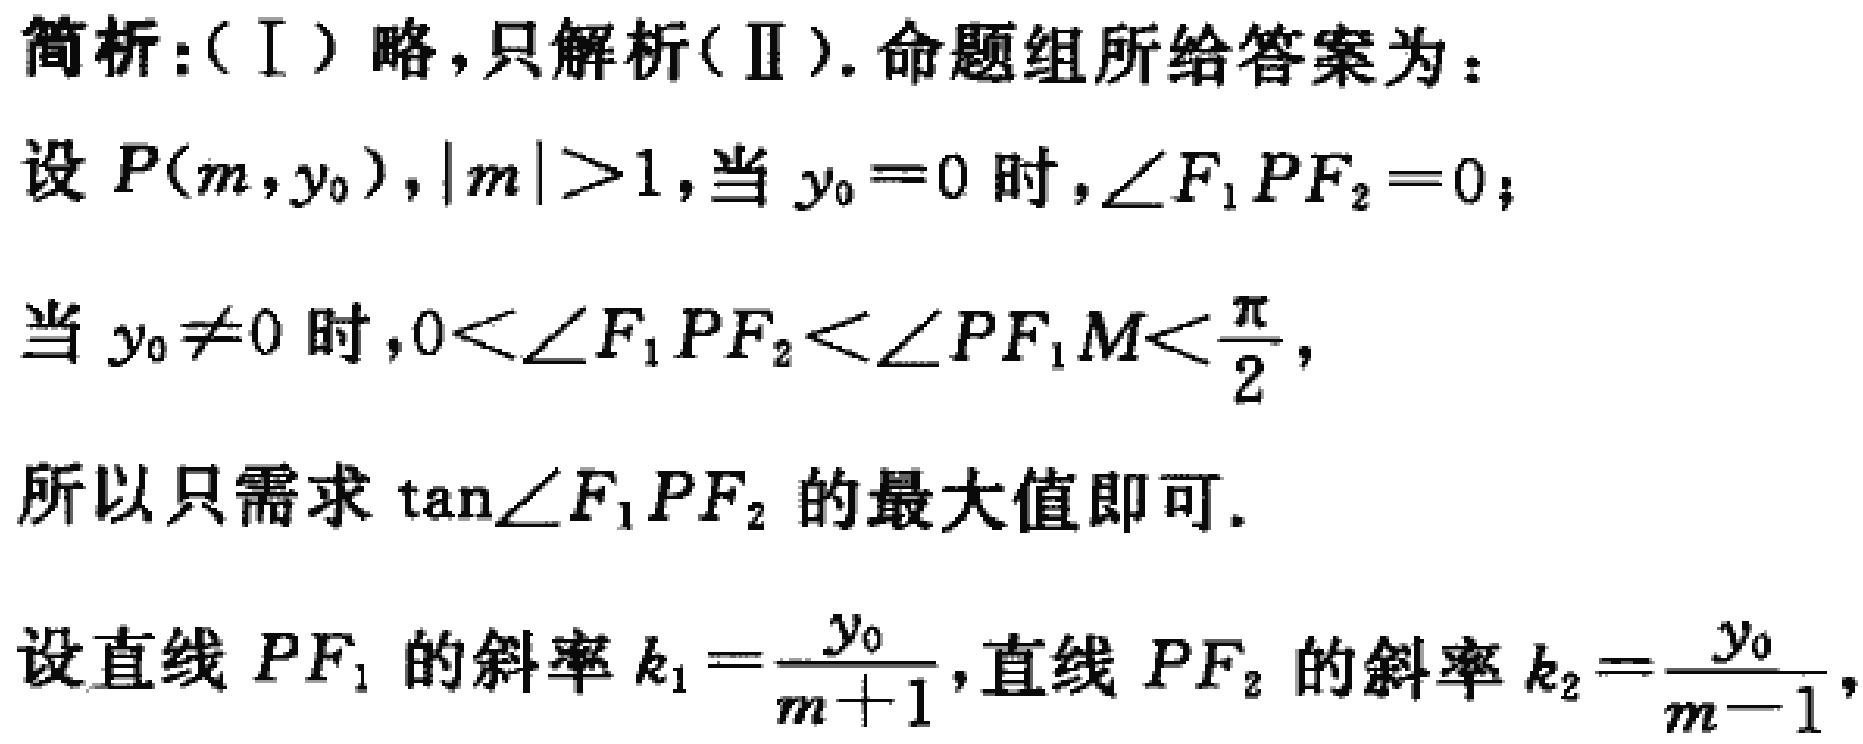
简析：（I）略，只解析（II）. 命题组所给答案为：

设 \(P(m,y_0)\)，\(\vert m\vert>1\)，当 \(y_0 = 0\) 时，\(\angle F_1PF_2 = 0\)；

当 \(y_0\neq0\) 时，\(0<\angle F_1PF_2<\angle PF_1M<\frac{\pi}{2}\)，

所以只需求 \(\tan\angle F_1PF_2\) 的最大值即可.

设直线 \(PF_1\) 的斜率 \(k_1=\frac{y_0}{m + 1}\)，直线 \(PF_2\) 的斜率 \(k_2=\frac{y_0}{m - 1}\)，